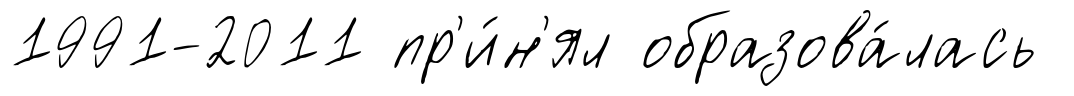
1991-2011 пр'и́н'ял образова́лась